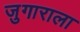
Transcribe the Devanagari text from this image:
जुगाराला